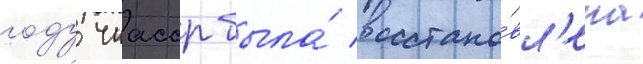
году чиасср была́ восстано́вл'ена